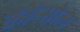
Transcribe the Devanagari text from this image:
कोन्सोल